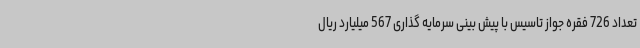
تعداد 726 فقره جواز تاسیس با پیش بینی سرمایه گذاری 567 میلیارد ریال